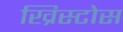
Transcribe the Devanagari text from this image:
ख्रिस्टोस